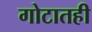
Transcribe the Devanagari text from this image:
गोटातही